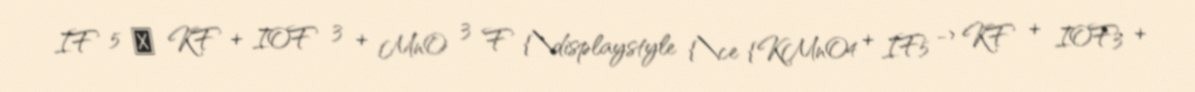
IF 5 ⟶ KF + IOF 3 + MnO 3 F {\displaystyle {\ce {KMnO4 + IF5 -> KF + IOF3 +